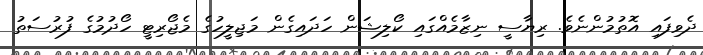
ދެވިފައި އޮތުމުންނެވެ. ރިޔާސީ ނިޒާމެއްގައި ކޯލިޝަން ހަދައިގެން މަޖިލީހުގެ މެޖޯރިޓީ ހޯދުމުގެ ފުރުސަތު